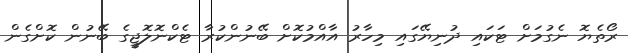
ރޯތެޔޮ ނެގުމަށް ޓަކައި ދުނިޔޭގައި މިހާރު އާއްމުކޮށް ބޭނުންކުރާ ޓެކްނޮލޮޖީގެ ބޭނުން ކޮށްގެން